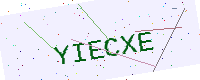
Text: YIECXE